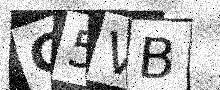
Text: G5VB